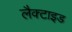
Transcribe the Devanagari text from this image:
लैक्टाइड